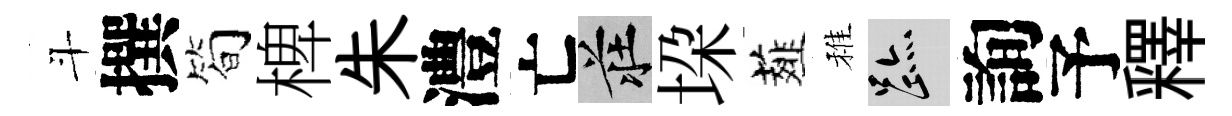
斗撰简椑朱澧亡莊垜薤稚迹詢予釋